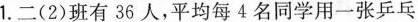
1.二(2)班有36人，平均每4名同学用一张乒乓